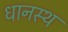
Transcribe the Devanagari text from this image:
धानस्थ